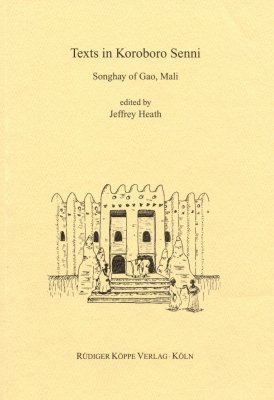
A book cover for Texts in Koroboro Senni: Songhay of Gao, Mali  (Verbal Art and Documentary Literature in African Languages); Science & Math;